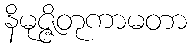
နိမုဇ္ဇိတုကာမတာ